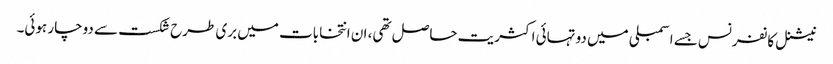
نیشنل کانفرنس جسے اسمبلی میں دو تہائی اکثریت حاصل تھی، ان انتخابات میں بری طرح شکست سے دوچار ہوئی۔